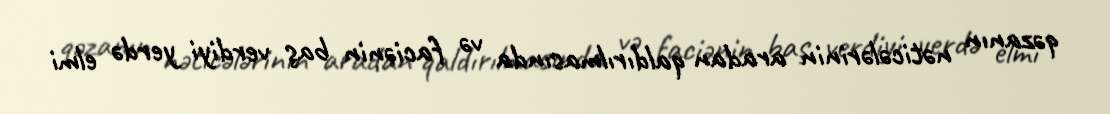
qəzanın nəticələrinin aradan qaldırılmasında və faciənin baş verdiyi yerdə elmi